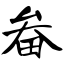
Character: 畚